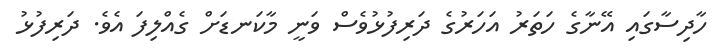
ހާދިސާގައި އޭނާގެ ހަތަރު އަހަރުގެ ދަރިފުޅުވެސް ވަނީ މާކަނޑަށް ގެއްލިފަ އެވެ. ދަރިފުޅު